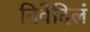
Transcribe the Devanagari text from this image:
निवेदिलं